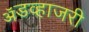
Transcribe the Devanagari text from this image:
ॲडव्हाजरी